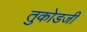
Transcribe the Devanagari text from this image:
तुकोडजी